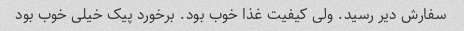
سفارش دیر رسید. ولی کیفیت غذا خوب بود. برخورد پیک خیلی خوب بود